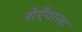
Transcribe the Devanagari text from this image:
रोएँवाला